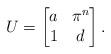
LaTeX: \begin{align*} U = \begin{bmatrix} a & \pi^n \\ 1 & d \end{bmatrix}. \end{align*}